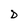
Character: D